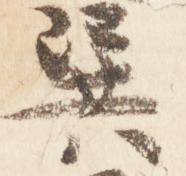
巽